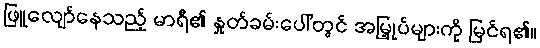
ဖြူလျော်နေသည့် မာရီ၏ နှုတ်ခမ်းပေါ်တွင် အမြှုပ်များကို မြင်ရ၏။